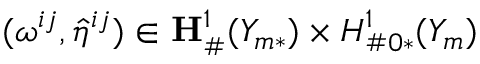
( \boldsymbol { \omega } ^ { i j } , \hat { \eta } ^ { i j } ) \in { \bf { H } } _ { \# } ^ { 1 } ( Y _ { m * } ) \times H _ { \# 0 * } ^ { 1 } ( Y _ { m } )